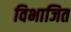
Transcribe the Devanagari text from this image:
विभाजित